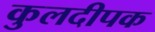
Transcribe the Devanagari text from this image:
कुलदीपक